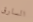
السارق